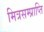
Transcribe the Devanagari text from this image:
मित्रसम्प्राप्ति